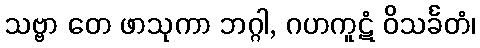
သဗ္ဗာ တေ ဖာသုကာ ဘဂ္ဂါ, ဂဟကူဋံ ဝိသင်္ခတံ၊